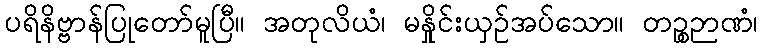
ပရိနိဗ္ဗာန်ပြုတော်မူပြီ။ အတုလိယံ၊ မနှိုင်းယှဉ်အပ်သော။ တဉ္စဉာဏံ၊